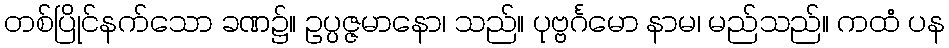
တစ်ပြိုင်နက်သော ခဏ၌။ ဥပ္ပဇ္ဇမာနော၊ သည်။ ပုဗ္ဗင်္ဂမော နာမ၊ မည်သည်။ ကထံ ပန